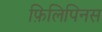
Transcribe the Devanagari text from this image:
फ़िलिपिनस